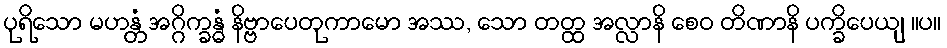
ပုရိသော မဟန္တံ အဂ္ဂိက္ခန္ဓံ နိဗ္ဗာပေတုကာမော အဿ, သော တတ္ထ အလ္လာနိ စေဝ တိဏာနိ ပက္ခိပေယျ ။ပ။